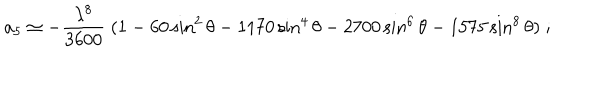
LaTeX: a _ { 5 } \simeq - { \frac { \lambda ^ { 8 } } { 3 6 0 0 } } \; ( 1 - 6 0 \sin ^ { 2 } \theta - 1 1 7 0 \sin ^ { 4 } \theta - 2 7 0 0 \sin ^ { 6 } \theta - 1 5 7 5 \sin ^ { 8 } \theta ) \; ;